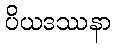
ပိယဒဿနာ